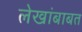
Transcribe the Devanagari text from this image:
लेखांबाबत